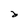
Character: d